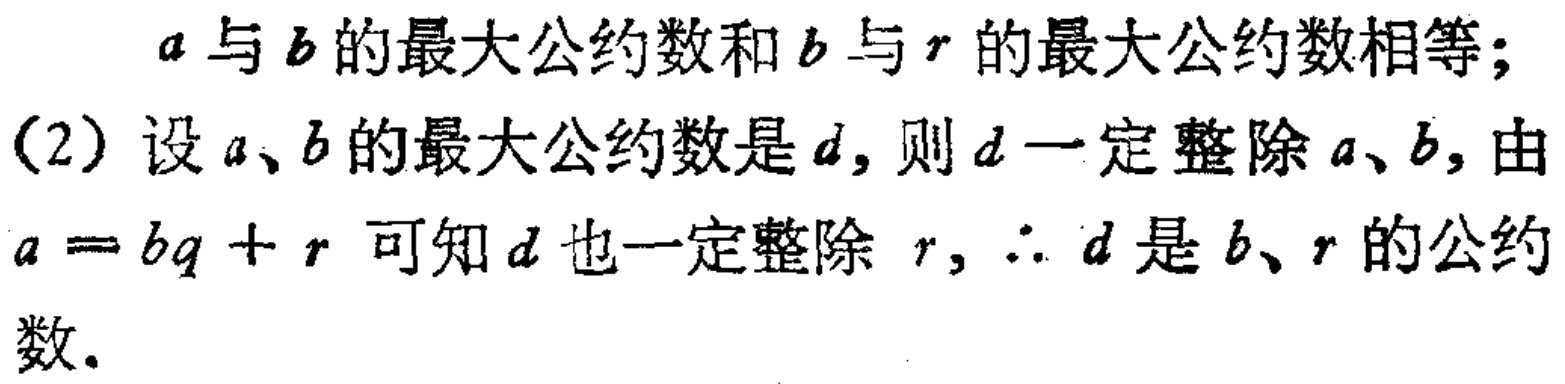
$a$与$b$的最大公约数和$b$与$r$的最大公约数相等；

(2)设$a、b$的最大公约数是$d$，则$d$一定整除$a、b$，由

$a = bq + r$可知$d$也一定整除$r$，$\therefore d$是$b、r$的公约数。